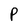
Character: P